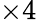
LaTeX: \times 4